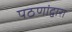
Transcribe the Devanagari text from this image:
पठणांद्वारा